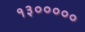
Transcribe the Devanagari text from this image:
१३०००००